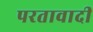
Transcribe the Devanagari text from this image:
परतावादी